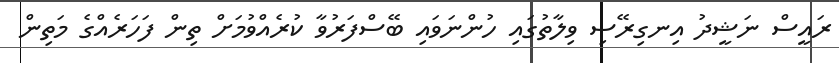
ރައީސް ނަޝީދު އިނގިރޭސި ވިލާތުގައި ހުންނަވައި ބޭސްފަރުވާ ކުރެއްވުމަށް ތިން ފަހަރެއްގެ މަތިން